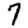
Digit: 7